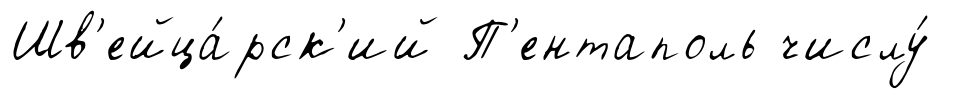
Шв'ейца́рск'ий П'ентаполь числу́